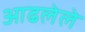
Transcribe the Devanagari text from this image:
आढलेले